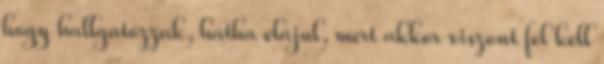
hogy hallgatózzak, hátha elájul, mert akkor viszont fel kell